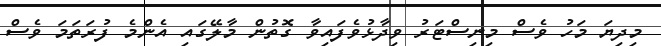
މިދިޔަ މަހު ވެސް މިނިސްޓަރު ވިދާޅުވެފައިވާ ގޮތުން މާލޭގައި އެންމެ ފުރަތަމަ ވެސް